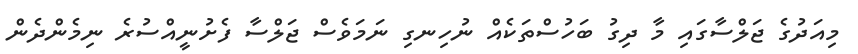
މިއަދުގެ ޖަލްސާގައި މާ ދިގު ބަހުސްތަކެއް ނުހިނގި ނަމަވެސް ޖަލްސާ ފެށުނީއްސުރެ ނިމެންދެން